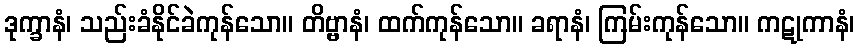
ဒုက္ခာနံ၊ သည်းခံနိုင်ခဲကုန်သော။ တိဗ္ဗာနံ၊ ထက်ကုန်သော။ ခရာနံ၊ ကြမ်းကုန်သော။ ကဋုကာနံ၊